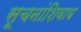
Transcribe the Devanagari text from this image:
सूचनांशिवाय